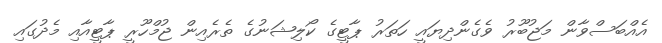
އެއްބަސްވާން މަޖުބޫރު ވެގެންދިޔައީ ހަތަރު ޕާޓީގެ ކޯލިޝަނުގެ ތެރެެއިން ޖުމްހޫރީ ޕާޓީއާއި މެދުގައި